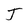
Character: T